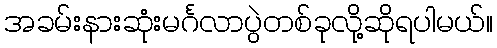
အခမ်းနားဆုံးမင်္ဂလာပွဲတစ်ခုလို့ဆိုရပါမယ်။